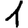
Digit: 1